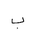
Letter: _ba